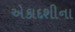
એકાદશીના